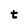
Character: t